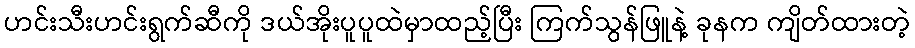
ဟင်းသီးဟင်းရွက်ဆီကို ဒယ်အိုးပူပူထဲမှာထည့်ပြီး ကြက်သွန်ဖြူနဲ့ ခုနက ကျိတ်ထားတဲ့